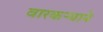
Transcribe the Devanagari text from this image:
वारकर्‍याने